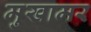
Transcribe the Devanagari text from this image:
मुखामर